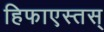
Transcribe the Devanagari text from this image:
हिफाएस्तस्‌